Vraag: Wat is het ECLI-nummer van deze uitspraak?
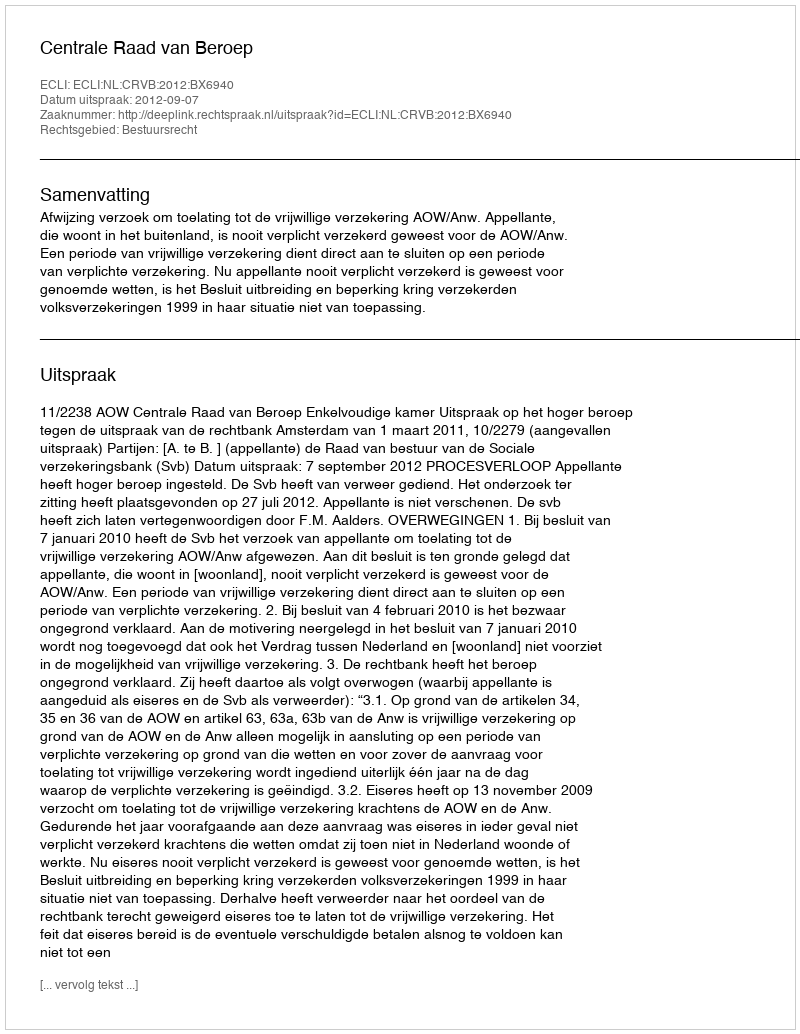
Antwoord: ECLI:NL:CRVB:2012:BX6940